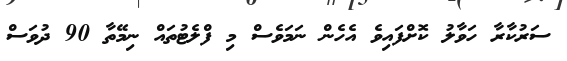
ސަރުކާރާ ހަވާލު ކޮށްފައިވެ އެހެން ނަމަވެސް މި ފްލެޓުތައް ނިމޭތާ 90 ދުވަސް